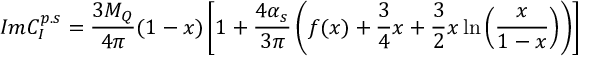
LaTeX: I m C _ { I } ^ { p . s } = \frac { 3 M _ { Q } } { 4 \pi } ( 1 - x ) \left[ 1 + \frac { 4 \alpha _ { s } } { 3 \pi } \left( f ( x ) + \frac 3 4 x + \frac 3 2 x \ln \left( \frac { x } { 1 - x } \right) \right) \right]